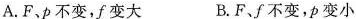
A.F、p不变，f变大 B.F、f不变，p变小